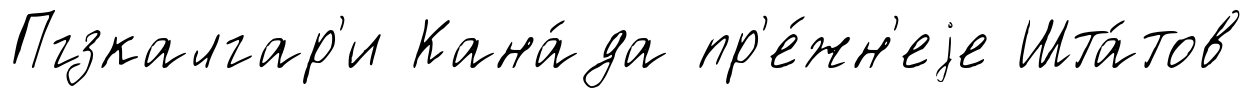
Пгзкалгар'и Кана́да пр'е́жн'еjе Шта́тов